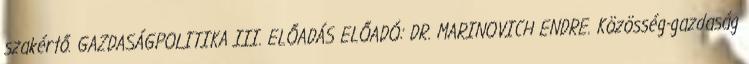
szakértő. GAZDASÁGPOLITIKA III. ELŐADÁS ELŐADÓ: DR. MARINOVICH ENDRE. Közösség-gazdaság